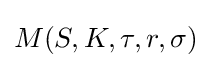
M(S,K,\tau ,r,\sigma )